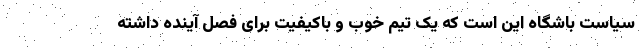
سیاست باشگاه این است که یک تیم خوب و باکیفیت برای فصل آینده داشته